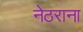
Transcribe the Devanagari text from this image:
नेठराना